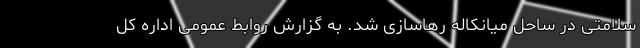
سلامتی در ساحل میانکاله رهاسازی شد. به گزارش روابط عمومی اداره کل